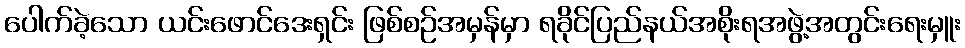
ပေါက်ခဲ့သော ယင်းဖောင်ဒေးရှင်း ဖြစ်စဉ်အမှန်မှာ ရခိုင်ပြည်နယ်အစိုးရအဖွဲ့အတွင်းရေးမှူး